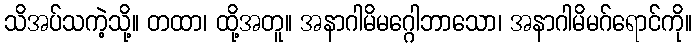
သိအပ်သကဲ့သို့။ တထာ၊ ထို့အတူ။ အနာဂါမိမဂ္ဂေါဘာသော၊ အနာဂါမိမဂ်ရောင်ကို။